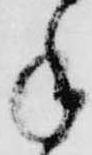
手